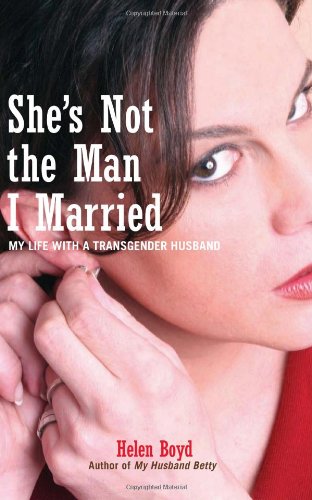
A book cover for She's Not the Man I Married: My Life with a Transgender Husband; Helen Boyd; Gay & Lesbian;